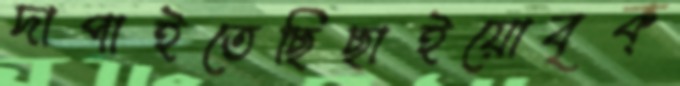
দাপাইতেছিছাইয়োবৃক্